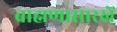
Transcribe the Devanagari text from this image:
ब्राह्मणासारखें